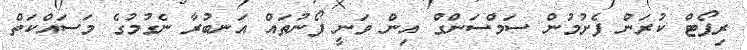
ރިޕޯޓް ކުރަން ފެށުމުން ސަމްސަންގް އިން ވަނީ ފޯނުތައް އަނބުރާ ނެގުމުގެ މަސައްކަތް